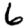
Digit: 6